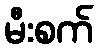
မီးစက်